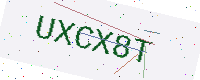
Text: UXCX8T